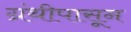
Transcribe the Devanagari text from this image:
ग्रंथीपासून